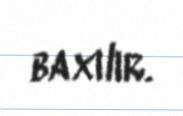
baxılır.